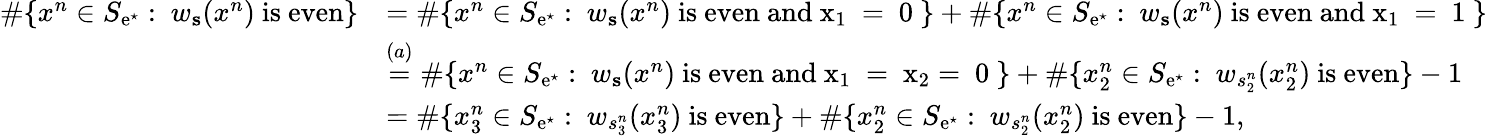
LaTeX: \begin{array}{rl}{\# \{ x^{n}\in S_{\mathrm{e}^{\star}}:\ w_{\mathbf{s}}(x^{n})\mathrm{~is~even}\} }&{=\# \{ x^{n}\in S_{\mathrm{e}^{\star}}:\ w_{\mathbf{s}}(x^{n})\mathrm{~is~even~and~x_1~=~0~}\} +\# \{ x^{n}\in S_{\mathrm{e}^{\star}}:\ w_{\mathbf{s}}(x^{n})\mathrm{~is~even~and~x_1~=~1~}\} }\\ &{\stackrel{(a)}{=}\# \{ x^{n}\in S_{\mathrm{e}^{\star}}:\ w_{\mathbf{s}}(x^{n})\mathrm{~is~even~and~x_1~=~x_2=~0~}\} +\# \{ x_{2}^{n}\in S_{\mathrm{e}^{\star}}:\ w_{s_{2}^{n}}(x_{2}^{n})\mathrm{~is~even}\} -1}\\ &{=\# \{ x_{3}^{n}\in S_{\mathrm{e}^{\star}}:\ w_{s_{3}^{n}}(x_{3}^{n})\mathrm{~is~even}\} +\# \{ x_{2}^{n}\in S_{\mathrm{e}^{\star}}:\ w_{s_{2}^{n}}(x_{2}^{n})\mathrm{~is~even}\} -1,}\end{array}